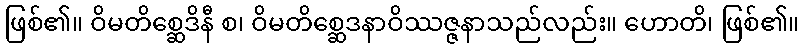
ဖြစ်၏။ ဝိမတိစ္ဆေဒိနီ စ၊ ဝိမတိစ္ဆေဒနာဝိဿဇ္ဇနာသည်လည်း။ ဟောတိ၊ ဖြစ်၏။